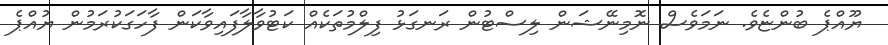
ޔޫއްޕެ ބުންޏެވެ. ނަމަވެސް ނޮމިނޭޝަން ލިސްޓުން ރަނގަޅު ފިލްމުތަކެއް ކަޓުވާލާފައިވާކަން ފާހަގަކުރަމުން ޔުއްޕެ